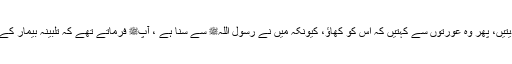
اس کے بعد ثرید (روٹی اور شوربا) تیار ہوتا اور تلبینہ کو اس پر ڈال دیتیں، پھر وہ عورتوں سے کہتیں کہ اس کو کھاؤ، کیونکہ میں نے رسول اللہﷺ سے سنا ہے ، آپﷺ فرماتے تھے کہ تلبینہ بیمار کے دل کو خوش کرتا ہے اور اس کے پینے سے رنج کچھ گھٹ جاتا ہے۔